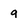
Character: 9